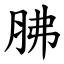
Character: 胇